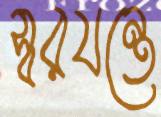
স্বরযন্ত্রে